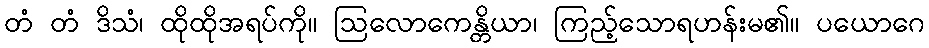
တံ တံ ဒိသံ၊ ထိုထိုအရပ်ကို။ ဩလောကေန္တိယာ၊ ကြည့်သောရဟန်းမ၏။ ပယောဂေ